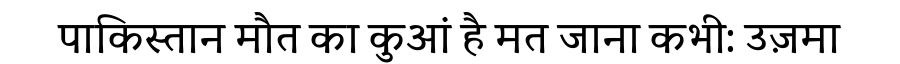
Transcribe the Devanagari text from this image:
पाकिस्तान मौत का कुआं है मत जाना कभी: उज़मा